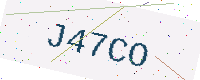
Text: J47CO